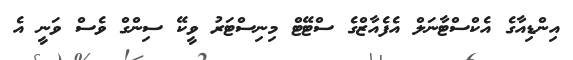
އިންޑިއާގެ އެކްސްޓާނަލް އެފެއާޒްގެ ސްޓޭޓް މިނިސްޓަރު ވީކޭ ސިންގް ވެސް ވަނީ އެ